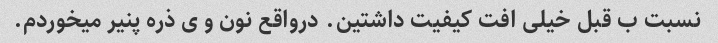
نسبت ب قبل خیلی افت کیفیت داشتین. درواقع نون و ی ذره پنیر میخوردم.